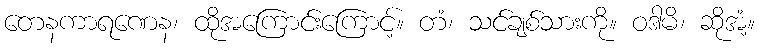
တေနကာရဏေန၊ ထိုအကြောင်းကြောင့်။ တံ၊ သင်ချစ်သားကို။ ဝဒါမိ၊ ဆိုအံ့။